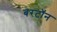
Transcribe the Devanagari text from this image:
बरटॉन